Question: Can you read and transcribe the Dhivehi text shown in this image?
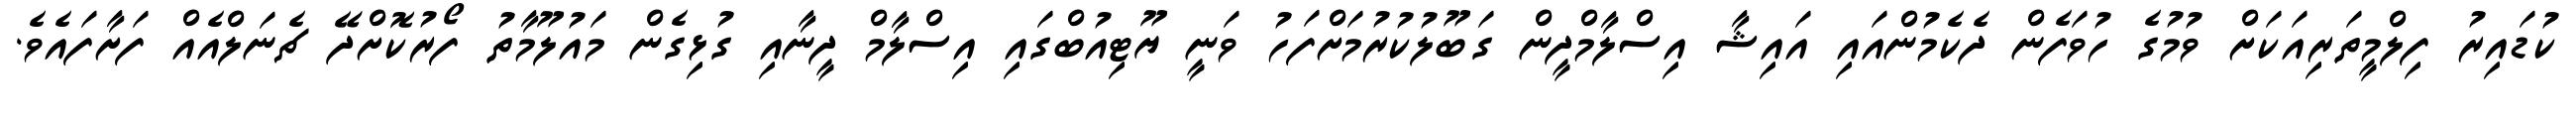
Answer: ކުޑައިރު ފިލްމީތަރިއަކަށް ވުމުގެ ހުވަފެން ދެކެމުންއައި އައިޝާ އިސްލާމްދީން ގަބޫލުކުރުމަށްފަހު ވަނީ ޔޫޓިއުބްގައި އިސްލާމް ދީނާއި ގުޅިގެން މައުލޫމާތު ފޯރުކޮށްދޭ ޗެނަލްއެއް ފަށާފައެވެ.